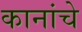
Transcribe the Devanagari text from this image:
कानांचे